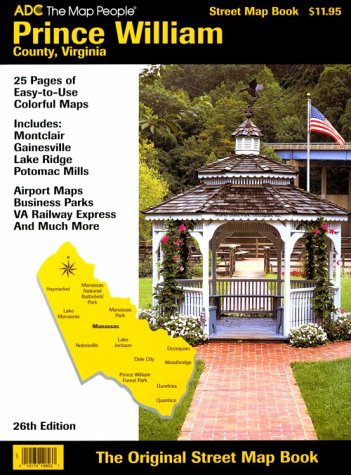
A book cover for ADC Prince William County, Virginia Street Map Book (Adc the Map People Prince William County Virginia); the Map People ADC; Travel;